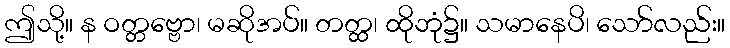
ဤသို့။ န ဝတ္တဗ္ဗော၊ မဆိုအပ်။ တတ္ထ၊ ထိုဘုံ၌။ သမာနေပိ၊ သော်လည်း။